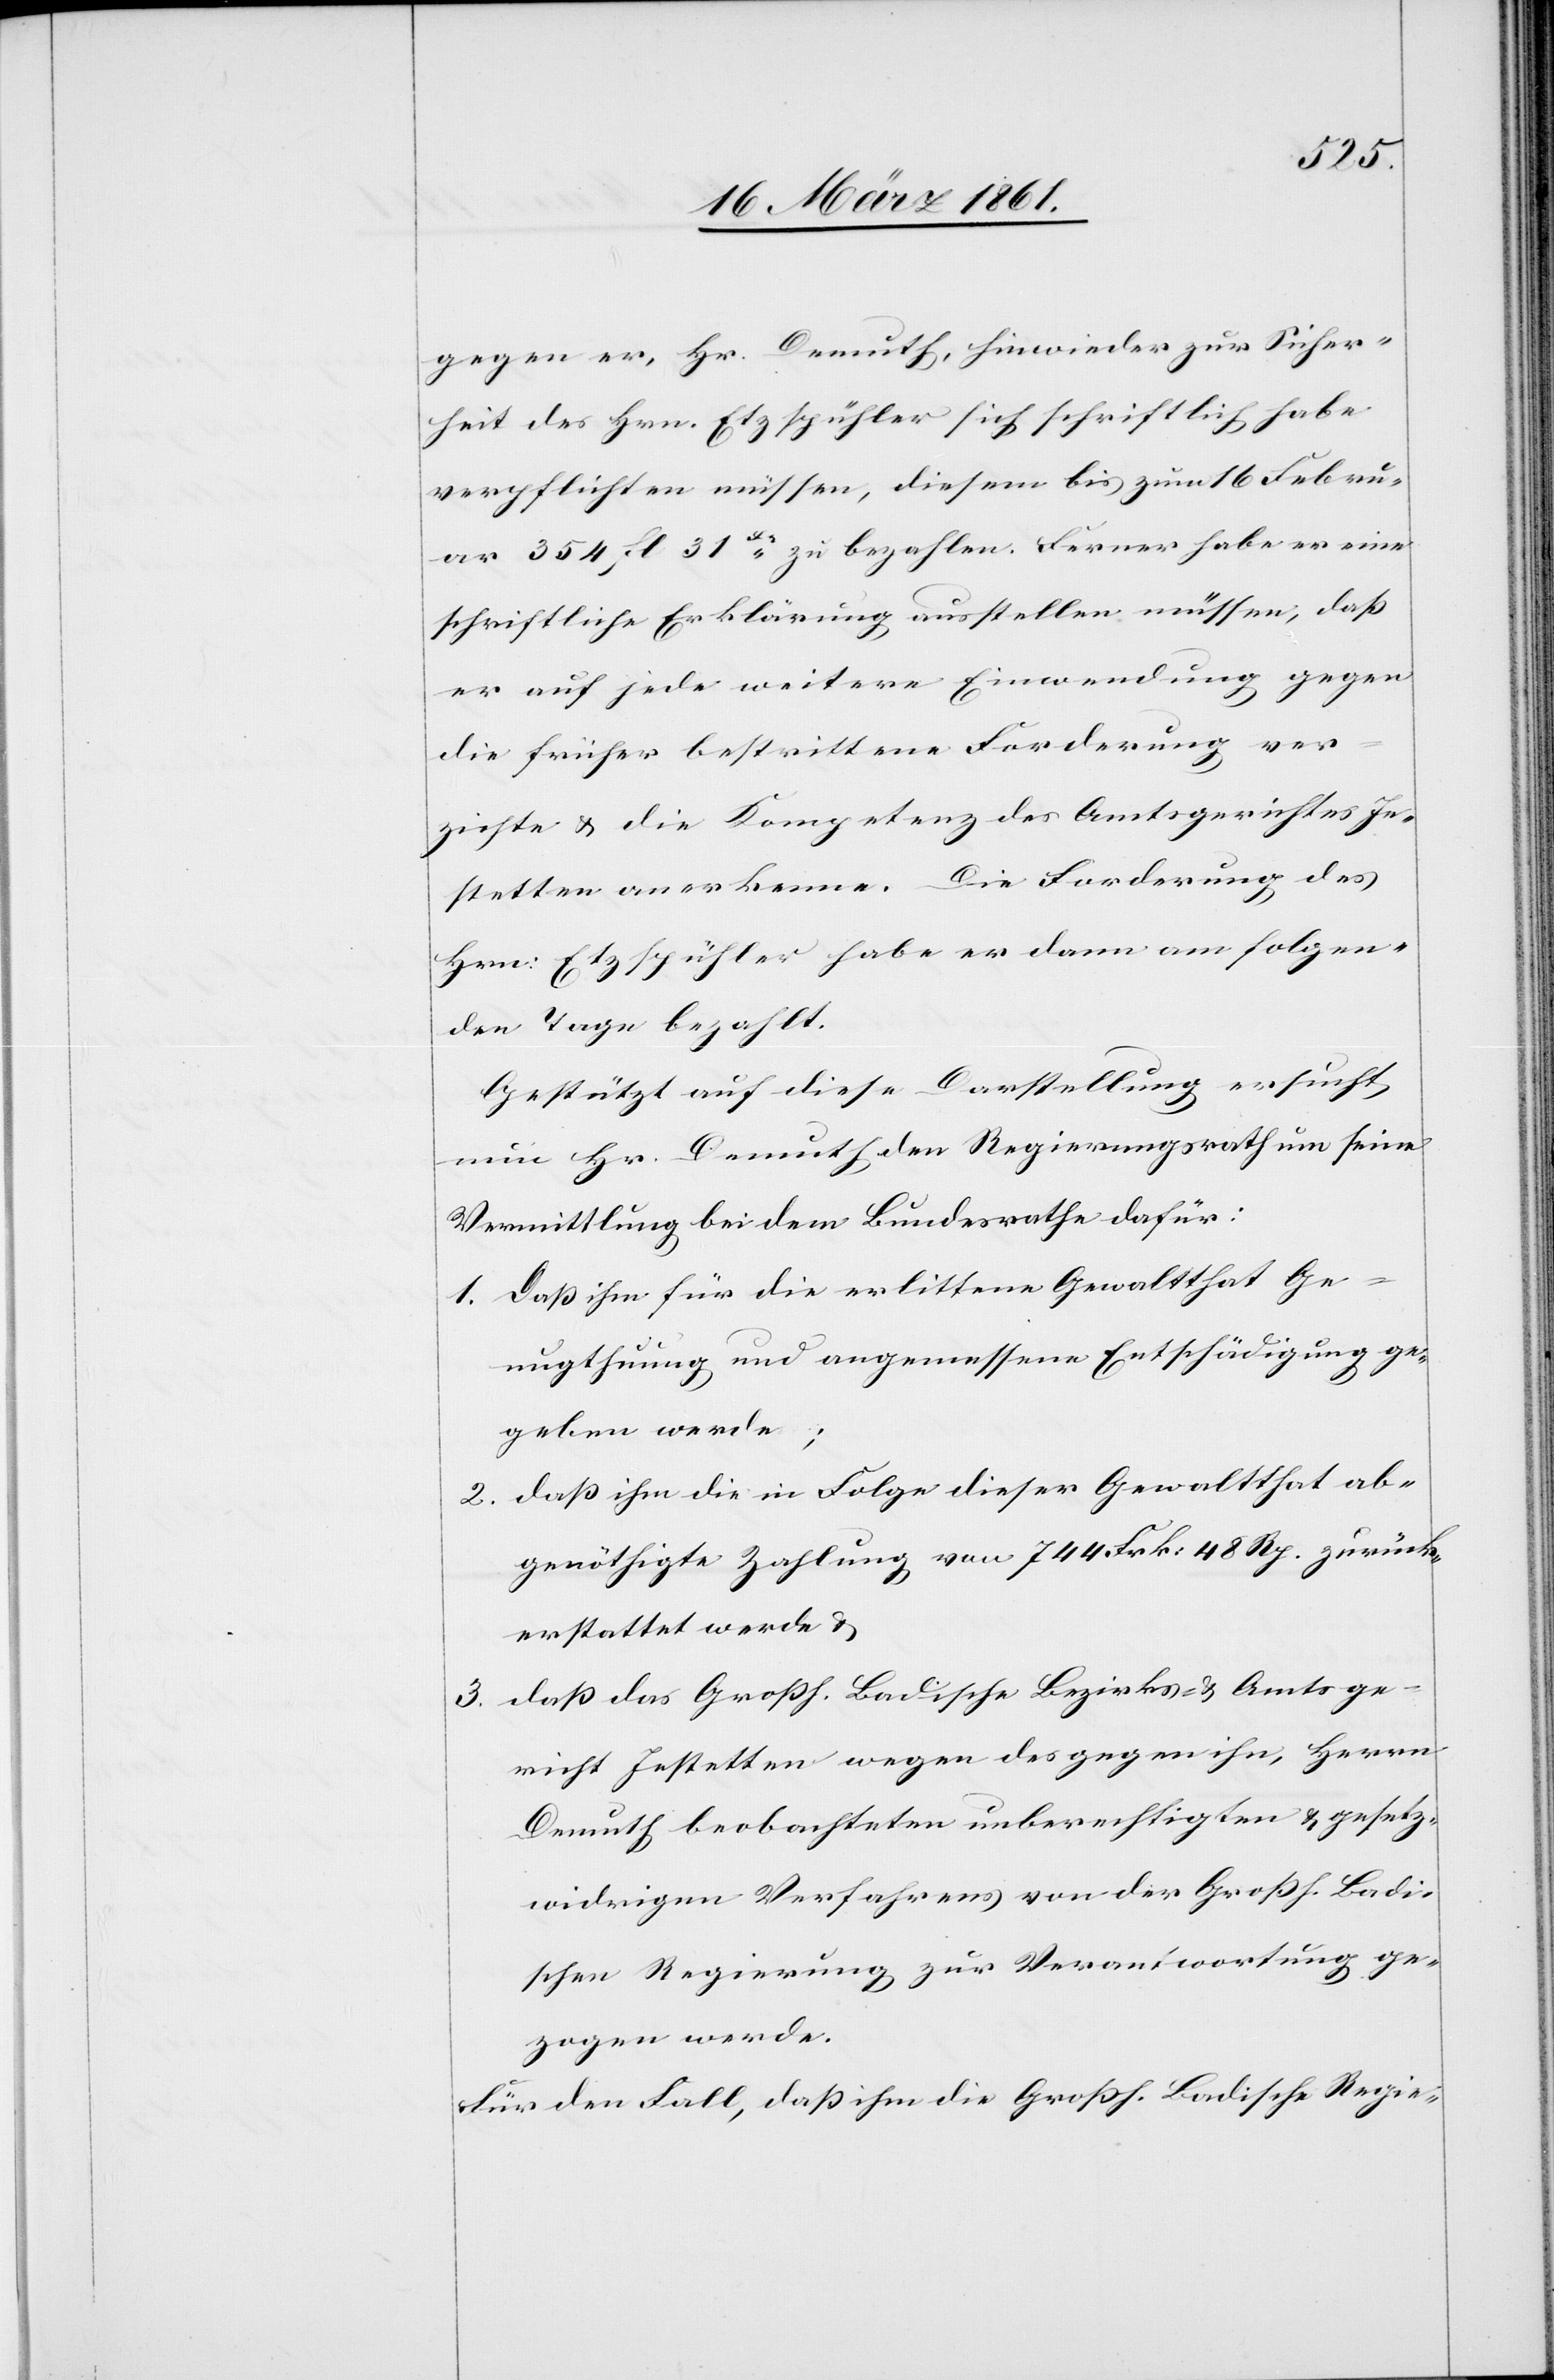
gegen er, Hr. Demuth, hinwieder zur Sicher¬
heit des Hrn. Etzspühler sich schriftlich habe
verpflichten müssen, diesem bis zum 16. Febru¬
ar 354 fl. 31Xr zu bezahlen. Ferner habe er eine
schriftliche Erklärung ausstellen müssen, daß
er auf jede weitere Einwendung gegen
die früher bestrittene Forderung ver¬
zichte u. die Kompetenz des Amtsgerichtes Je¬
stetten anerkenne. Die Forderung des
Hrn. Etzspühler habe er dann am folgen¬
den Tage bezahlt.
Gestützt auf diese Darstellung ersucht
nun Hr. Demuth den Regierungsrath um seine
Vermittlung bei dem Bundesrathe dafür:
1. daß ihm für die erlittene Gewaltthat Ge¬
nugthuung und angemessene Entschädigung ge¬
geben werde;
2. daß ihm die in Folge dieser Gewaltthat ab¬
genöthigte Zahlung von 744 Frk. 48 Rp. zurück¬
erstattet werde u.
3. daß das Großh. Badische Bezirks- u. Amtsge¬
richt Jestetten wegen des gegen ihn, Herrn
Demuth beobachteten unberechtigten u. gesetz¬
widrigen Verfahrens von der Großh. Badi¬
schen Regierung zur Verantwortung ge¬
zogen werde.
Für den Fall, daß ihm die Großh. Badische Regie-